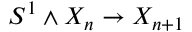
S ^ { 1 } \wedge X _ { n } \to X _ { n + 1 }